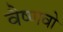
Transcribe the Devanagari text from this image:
वैष्‍णवो